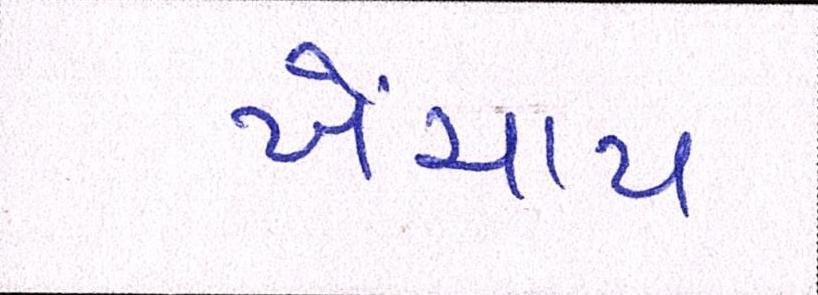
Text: ખેંચાય